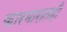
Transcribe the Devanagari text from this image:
कारभारातही